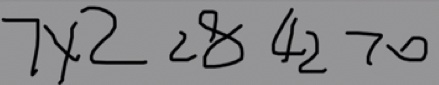
7 \times 2 < 8 4 2 > 0